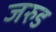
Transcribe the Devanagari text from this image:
जरुड